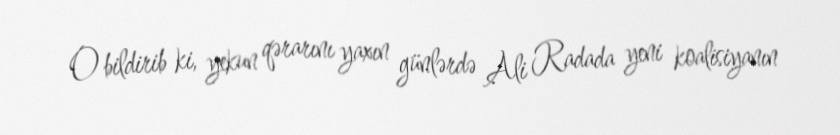
O bildirib ki, yekun qərarını yaxın günlərdə Ali Radada yeni koalisiyanın